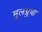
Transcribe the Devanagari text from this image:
मुलग्रुचा